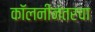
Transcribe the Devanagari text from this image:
कॉलनीनंतरचा